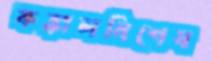
কঙ্কালবিশেষ